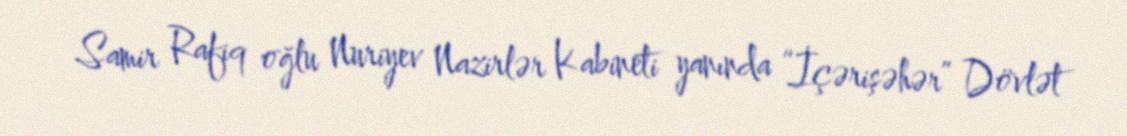
Samir Rafiq oğlu Nuriyev Nazirlər Kabineti yanında “İçərişəhər” Dövlət